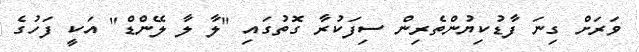
ވަރަށް ގިނަ ފާޑުކިޔުންތެރިން ސިފަކުރާ ގޮތުގައި "ލާ ލާ ލޭންޑް" އަކީ ފަހުގެ